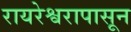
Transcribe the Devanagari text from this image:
रायरेश्वरापासून